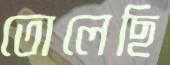
তোলেছি